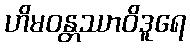
ဟိမဝန္တဿာဝိဒူရေ